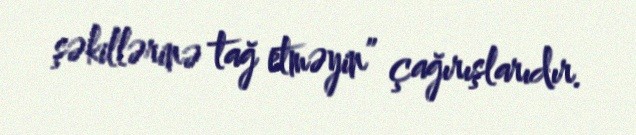
şəkillərinə tağ etməyin” çağırışlarıdır.